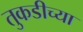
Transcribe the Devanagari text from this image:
तुकडीच्या